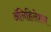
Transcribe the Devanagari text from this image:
ॲनिहिलेशन